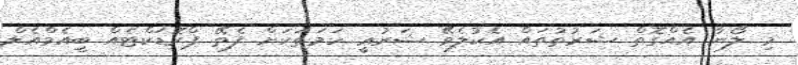
މި ލޯނާ އެއްގޮތް ޝަރުތުތައް އެކުލެވޭ ޝަރުޢީ ހަމަތަކަށް ފެތޭ ޕްރޮޑަކްޓެއް ބީއެމްއެލް